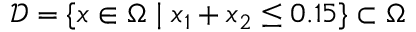
\mathcal { D } = \{ x \in \Omega \mid x _ { 1 } + x _ { 2 } \leq 0 . 1 5 \} \subset \Omega